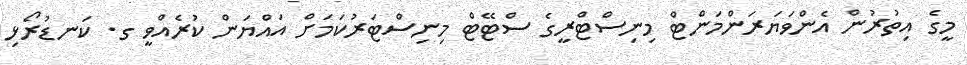
މީގެ އިތުރުން އެންވަަޔަރަންމަންޓް މިނިސްޓްރީގެ ސްޓޭޓް މިނިސްޓަރުކަމަށް އައްޔަން ކުރެއްވީ ގ. ކަނޑުރޯޅި